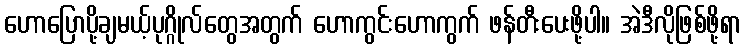
ဟောပြောပို့ချမယ့်ပုဂ္ဂိုလ်တွေအတွက် ဟောကွင်းဟောကွက် ဖန်တီးပေးဖို့ပါ။ အဲဒီလိုဖြစ်ဖို့ရာ